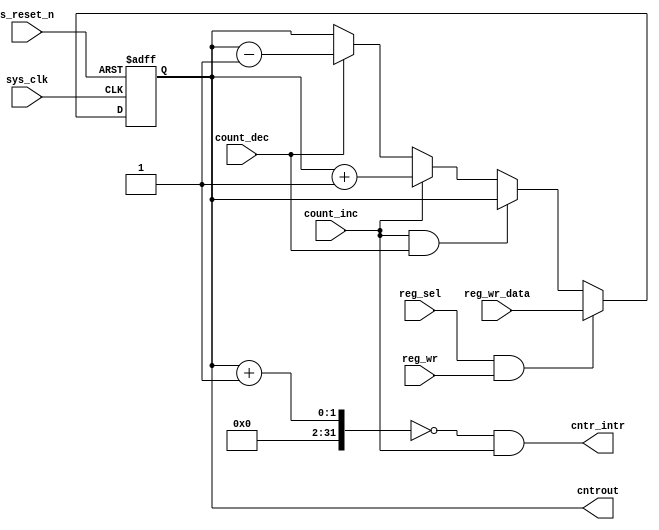
//////////////////////////////////////////////////////////////////////
////                                                              ////
////  Tubo 8051 cores common library Module                       ////
////                                                              ////
////  This file is part of the Turbo 8051 cores project           ////
////  http://www.opencores.org/cores/turbo8051/                   ////
////                                                              ////
////  Description                                                 ////
////  Turbo 8051 definitions.                                     ////
////                                                              ////
////  To Do:                                                      ////
////    nothing                                                   ////
////                                                              ////
////  Author(s):                                                  ////
////      - Dinesh Annayya, dinesha@opencores.org                 ////
////                                                              ////
//////////////////////////////////////////////////////////////////////
////                                                              ////
//// Copyright (C) 2000 Authors and OPENCORES.ORG                 ////
////                                                              ////
//// This source file may be used and distributed without         ////
//// restriction provided that this copyright statement is not    ////
//// removed from the file and that any derivative work contains  ////
//// the original copyright notice and the associated disclaimer. ////
////                                                              ////
//// This source file is free software; you can redistribute it   ////
//// and/or modify it under the terms of the GNU Lesser General   ////
//// Public License as published by the Free Software Foundation; ////
//// either version 2.1 of the License, or (at your option) any   ////
//// later version.                                               ////
////                                                              ////
//// This source is distributed in the hope that it will be       ////
//// useful, but WITHOUT ANY WARRANTY; without even the implied   ////
//// warranty of MERCHANTABILITY or FITNESS FOR A PARTICULAR      ////
//// PURPOSE.  See the GNU Lesser General Public License for more ////
//// details.                                                     ////
////                                                              ////
//// You should have received a copy of the GNU Lesser General    ////
//// Public License along with this source; if not, download it   ////
//// from http://www.opencores.org/lgpl.shtml                     ////
////                                                              ////
//////////////////////////////////////////////////////////////////////

// -----------------------------------------------------------------------
// Module Name      : stat_counter.v
// Company          : 
// Creation date    : 
// -----------------------------------------------------------------------
// Description      : This is the general purpose statistics counter. 
//                 
//                    
// References       : 
// ------------------------------------------------------------------------

//----------------- compiler directives -----------------------------------

// ------------------------------------------------------------------------
module stat_counter
  (
   // Clock and Reset Signals
   sys_clk,
   s_reset_n,
  
   count_inc,
   count_dec,
  
   reg_sel,
   reg_wr_data,
   reg_wr, 

   cntr_intr,
   cntrout
  
  
   ); 

parameter CWD    = 1; // Counter Width
   //-------------------- Parameters -------------------------------------

   // ------------------- Clock and Reset Signals ------------------------
   input                     sys_clk;
   input                     s_reset_n;
   input                     count_inc; // Counter Increment
   input                     count_dec; // counter decrement, assuption does not under flow
   input                     reg_sel; 
   input                     reg_wr;
   input  [CWD-1:0]          reg_wr_data;
   output                    cntr_intr;
   output [CWD-1:0]          cntrout;
   // ------------------- Register Declarations --------------------------
   reg [CWD-1:0]             reg_trig_cntr;


// ------------------- Logic Starts Here ----------------------------------



always @ (posedge sys_clk or negedge s_reset_n)
begin
   if (s_reset_n == 1'b0) begin
      reg_trig_cntr <= 'b0;
   end
   else begin
      if (reg_sel && reg_wr) begin
         reg_trig_cntr <= reg_wr_data;
      end	 
      else begin	 
         if (count_inc && count_dec)
            reg_trig_cntr <= reg_trig_cntr;
         else if (count_inc)
              reg_trig_cntr <= reg_trig_cntr + 1'b1;
         else if (count_dec)
              reg_trig_cntr <= reg_trig_cntr - 1'b1;
         else
            reg_trig_cntr <= reg_trig_cntr;
      end
   end   
end 
// only increment overflow is assumed  
// decrement underflow is not handled 
assign cntr_intr = ((reg_trig_cntr + 1) == 'h0 && count_inc) ;

assign cntrout = reg_trig_cntr;

endmodule // must_stat_counter